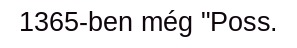
1365-ben még "Poss.